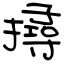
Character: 撏